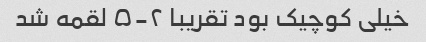
خیلی کوچیک بود تقریبا ۲-۵ لقمه شد